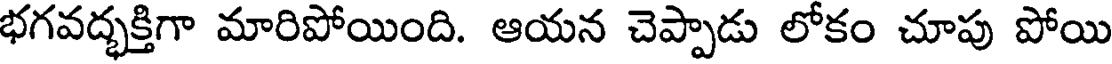
భగవద్భక్తిగా మారిపోయింది. ఆయన చెప్పాడు లోకం చూపు పోయి